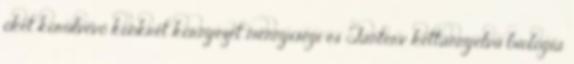
őket körülvevő konkrét környezet mennyiségi és Tanterv kéttannyelvű biológia